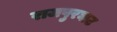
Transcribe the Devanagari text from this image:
राजपुरघाट